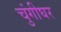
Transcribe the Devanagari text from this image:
चुंगीघर